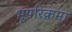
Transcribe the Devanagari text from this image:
भूपरिक्रमा